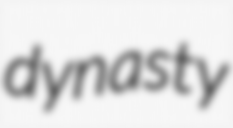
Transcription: dynasty